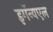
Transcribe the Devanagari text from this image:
इमॅन्यएल